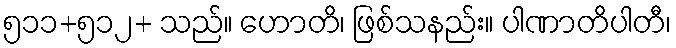
၅၁၁+၅၁၂+ သည်။ ဟောတိ၊ ဖြစ်သနည်း။ ပါဏာတိပါတီ၊